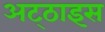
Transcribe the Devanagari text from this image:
अट्‌ठाइस